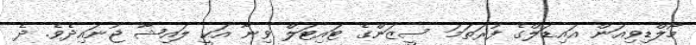
މޯލްޑިވިއަން އައިޑަލްގެ ފުރަތަމަ ސީޒަންގެ ޓައިޓަލް ވިނާ އަކީ ލައިޝާ ޖުނައިދެވެ. ދެ